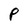
Character: P